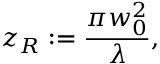
z _ { R } : = \frac { \pi w _ { 0 } ^ { 2 } } { \lambda } ,